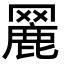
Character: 𦌏